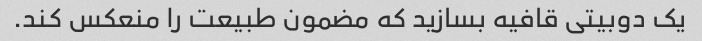
یک دوبیتی قافیه بسازید که مضمون طبیعت را منعکس کند.